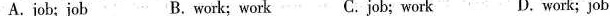
A. job; job B. work;work C.job; work D. work;job